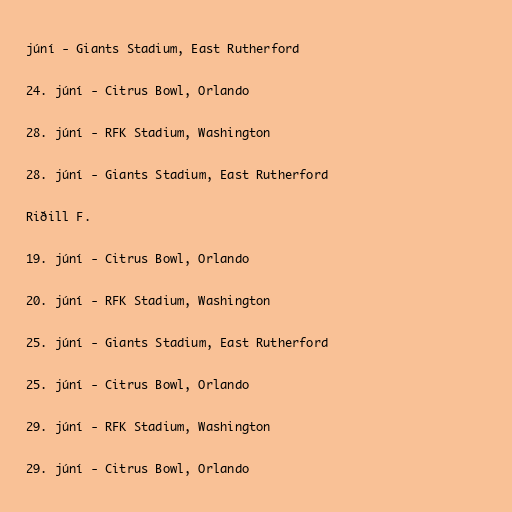
júní - Giants Stadium, East Rutherford

24. júní - Citrus Bowl, Orlando

28. júní - RFK Stadium, Washington

28. júní - Giants Stadium, East Rutherford

Riðill F.

19. júní - Citrus Bowl, Orlando

20. júní - RFK Stadium, Washington

25. júní - Giants Stadium, East Rutherford

25. júní - Citrus Bowl, Orlando

29. júní - RFK Stadium, Washington

29. júní - Citrus Bowl, Orlando